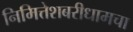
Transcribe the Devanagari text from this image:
निमित्तेशबरीधामचा